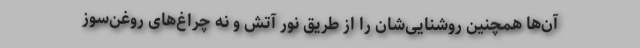
آن‌ها همچنین روشنایی‌شان را از طریق نور آتش و نه چراغ‌های روغن‌سوز